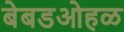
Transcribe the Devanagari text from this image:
बेबडओहळ